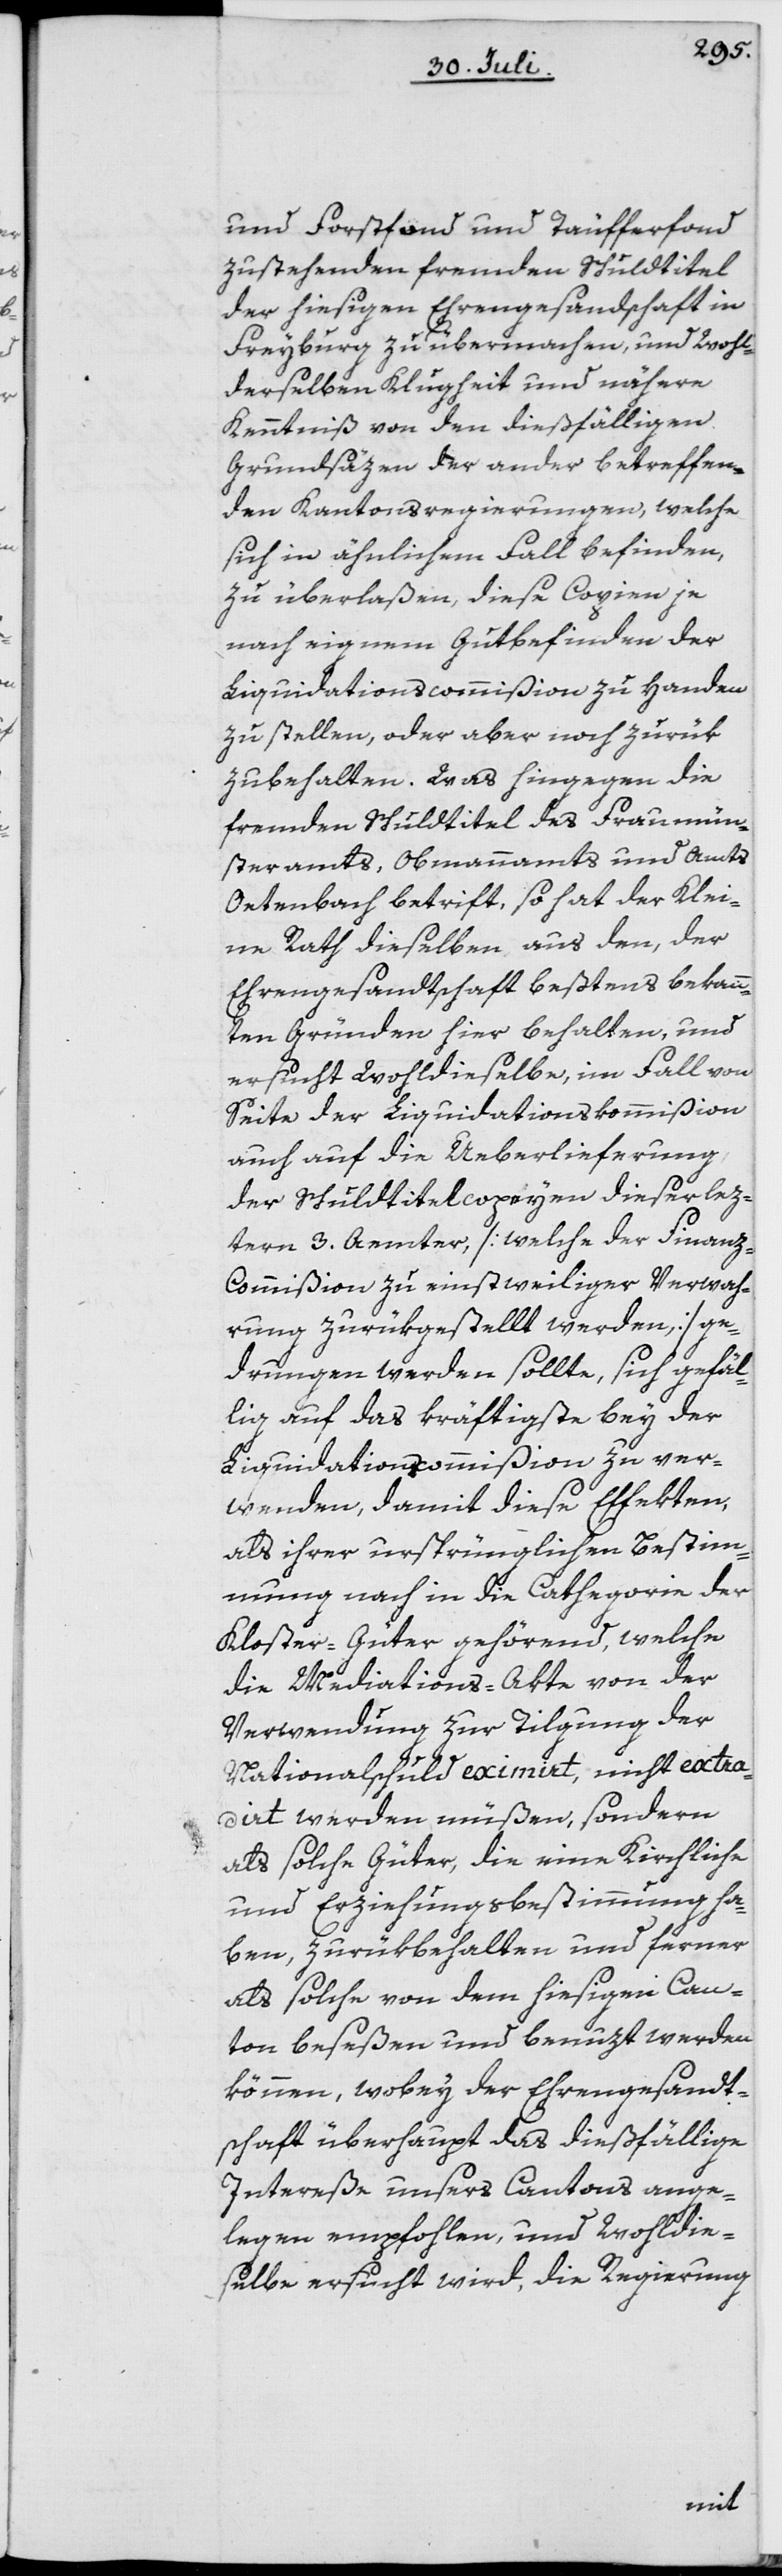
und Forstfond und Täufferfond
zustehenden fremden Schuldtitel
der hiesigen Ehrengesandschaft in
Freyburg zu übermachen, und Wohl¬
derselben Klugheit und nähern
Kenntniß von den dießfälligen
Grundsäzen der ander betreffen¬
den Kantonsregierungen, welche
sich in ähnlichem Fall befinden,
zu überlaßen, diese Copien je
nach eignem Gutbefinden der
Liquidationscommißion zu Handen
zu stellen, oder aber noch zurük
zubehalten. Was hingegen die
fremden Schuldtitel des Fraumün¬
steramts, Obmannamts und Amts
Oetenbach betrift, so hat der Klei¬
ne Rath dieselben aus den, der
Ehrengesandtschaft beßtens bekann¬
ten Gründen hier behalten, und
ersucht Wohldieselbe, im Fall von
Seite der Liquidationskommißion
auch auf die Ueberlieferung
der Schuldtitelcopeyen dieser lez¬
tern 3. Aemter, [welche der Finanz-C¬
ommißion zu einstweiliger Verwah¬
rung zurükgestellt werden,] ge¬
drungen werden sollte, sich gefäl¬
lig auf das kräftigste bey der
Liquidationscommißion zu ver¬
wenden, damit diese Effekten,
als ihrer ursprünglichen Bestim¬
mung nach in die Cathegorie der
Kloster-Güter gehörend, welche
die Mediations-Akte von der
Verwendung zur Tilgung der
Nationalschuld eximirt, nicht extra¬
dirt werden müßen, sondern
als solche Güter, die eine Kirchliche
und Erziehungsbestimmung ha¬
ben, zurükbehalten und ferner
als solche von dem hiesigen Can¬
ton beseßen und benuzt werden
können, wobey der Ehrengesandt¬
schaft überhaupt das dießfällige
Intereße unsers Cantons ange¬
legen empfohlen, und Wohldie¬
selbe ersucht wird, die Regierung